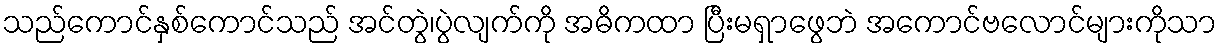
သည်ကောင်နှစ်ကောင်သည် အင်တွဲ၊ပွဲလျက်ကို အဓိကထာ ပြီးမရှာဖွေဘဲ အကောင်ဗလောင်များကိုသာ